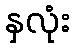
နှလုံး